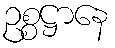
ဥစ္စဋ္ဌာနေ